Civil Veterinary Department ledger series I-VI
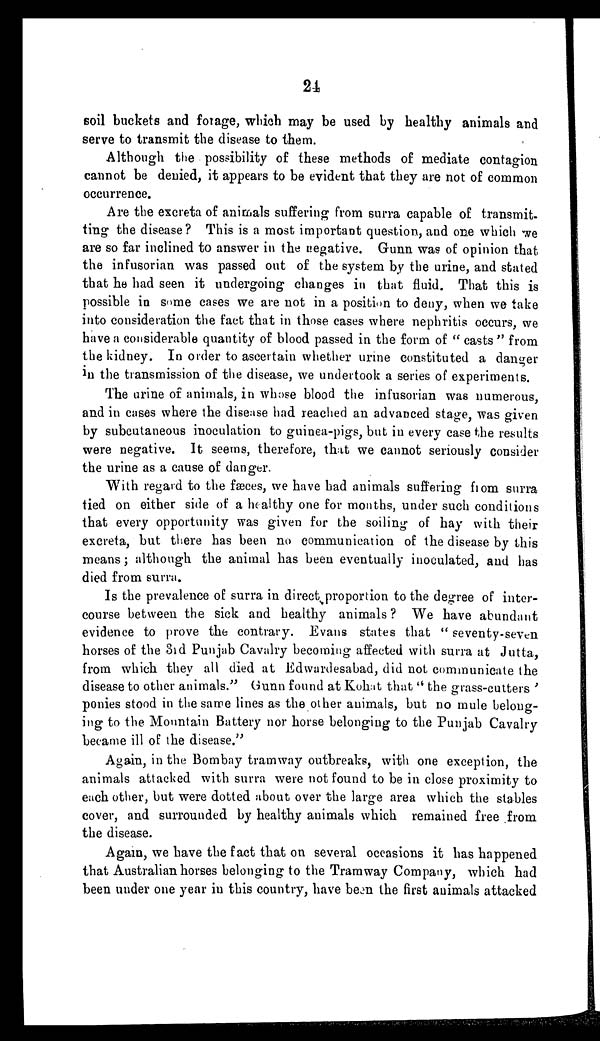
24
soil buckets and forage, which may be used by healthy animals and
serve to transmit the disease to them.
Although the possibility of these methods of mediate contagion
cannot be denied, it appears to be evident that they are not of common
occurrence.
Are the excreta of animals suffering from surra capable of transmit-
ting the disease? This is a most important question, and one which we
are so far inclined to answer in the negative. Gunn was of opinion that
the infusorian was passed out of the system by the urine, and stated
that he had seen it undergoing changes in that fluid. That this is
possible in some cases we are not in a position to deny, when we take
into consideration the fact that in those cases where nephritis occurs, we
have a considerable quantity of blood passed in the form of "casts" from
the kidney. In order to ascertain whether urine constituted a danger
in the transmission of the disease, we undertook a series of experiments.
The urine of animals, in whose blood the infusorian was numerous,
and in cases where the disease had reached an advanced stage, was given
by subcutaneous inoculation to guinea-pigs, but in every case the results
were negative. It seems, therefore, that we cannot seriously consider
the urine as a cause of danger.
With regard to the fæces, we have had animals suffering from surra
tied on either side of a healthy one for months, under such conditions
that every opportunity was given for the soiling of hay with their
excreta, but there has been no communication of the disease by this
means; although the animal has been eventually inoculated, and has
died from surra.
Is the prevalence of surra in direct proportion to the degree of inter-
course between the sick and healthy animals? We have abundant
evidence to prove the contrary. Evans states that "seventy-seven
horses of the 3rd Punjab Cavalry becoming affected with surra at Jutta,
from which they all died at Edwardesabad, did not communicate the
disease to other animals." Gunn found at Kohat that "the grass-cutters'
ponies stood in the same lines as the other animals, but no mule belong-
ing to the Mountain Battery nor horse belonging to the Punjab Cavalry
became ill of the disease."
Again, in the Bombay tramway outbreaks, with one exception, the
animals attacked with surra were not found to be in close proximity to
each other, but were dotted about over the large area which the stables
cover, and surrounded by healthy animals which remained free from
the disease.
Again, we have the fact that on several occasions it has happened
that Australian horses belonging to the Tramway Company, which had
been under one year in this country, have been the first animals attacked